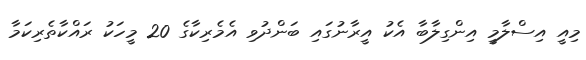
މިއީ އިސްލާމީ އިންގިލާބާ އެކު އީރާނުގައި ބަންދުވި އެމެރިކާގެ 20 މީހަކު ރައްކާތެރިކަމާ